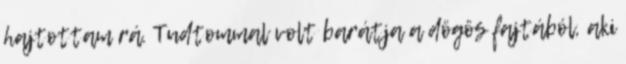
hajtottam rá. Tudtommal volt barátja a dögös fajtából, aki